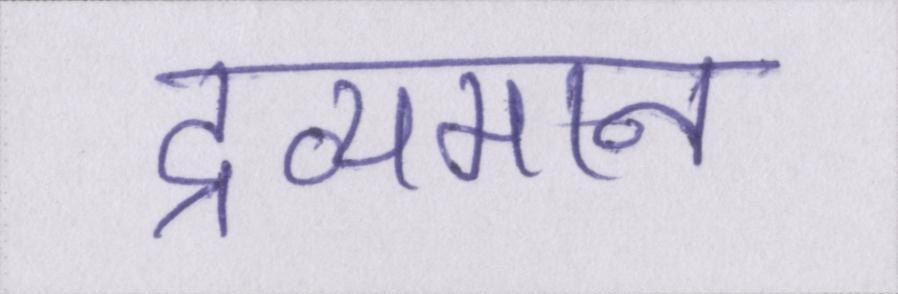
द्रव्यमान